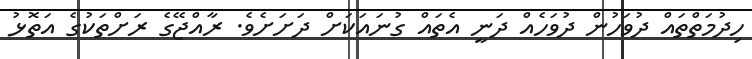
ހިދުމަތްތައް ދުވަހުން ދުވަހެއް ދަނީ އެތައް ގުނައަކަށް ދަށަށެވެ. ރާއްޖޭގެ ރަށްތަކުގެ އަތޮޅު